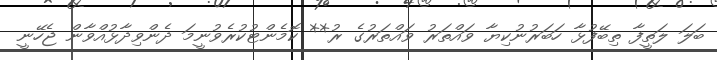
ބަލަ ލަތީފާ ތިބޭފުޅާ ހަބަރުނުކިޔާ ވައްތަރު ވައްތަރުގެ ރު** ކޮމެންޓުކުރެވުނީމަ ދެންވިދާޅުއްވާން ޖެހޭނީ